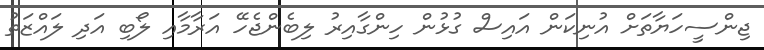
ޖިންސީހަޔާތަށް އުނިކަން އައިސް ގުޅުން ހިންގާއިރު ލިބެންޖެހޭ އަރާމާއި ލޯބި އަދި ލައްޒަތު